Civil Veterinary Department Bengal reports 1933-51 - 1933-1951
Year: 1933
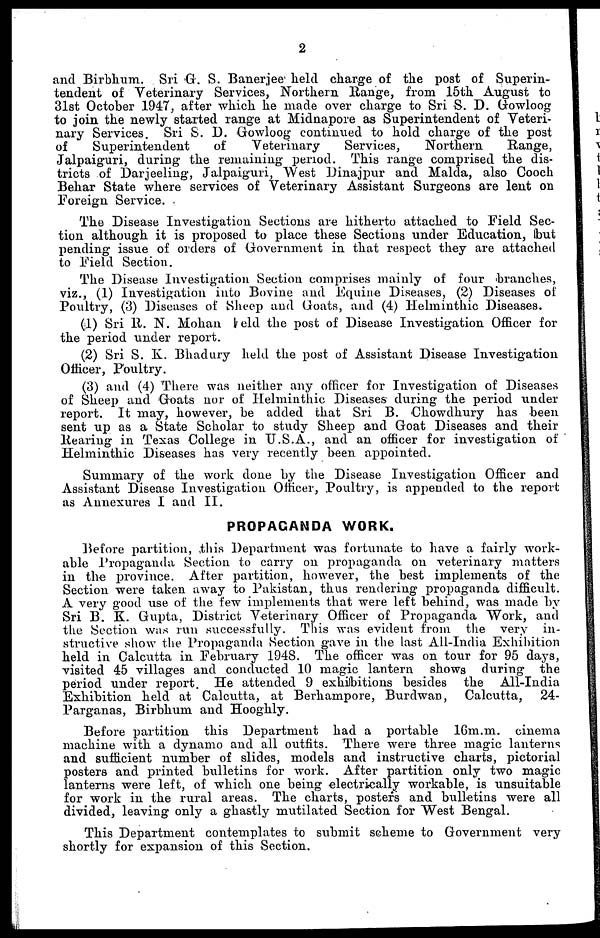
2
and Birbhum. Sri G. S. Banerjee held charge of the post of Superin-
tendent of Veterinary Services, Northern Range, from 15th August to
31st October 1947, after which he made over charge to Sri S. D. Gowloog
to join the newly started range at Midnapore as Superintendent of Veteri-
nary Services. Sri S. D. Gowloog continued to hold charge of the post
of
Superintendent
of
Veterinary
Services,
Northern
Range,
Jalpaiguri, during the remaining period. This range comprised the dis-
tricts of Darjeeling, Jalpaiguri, West Dinajpur and Malda, also Cooch
Behar State where services of Veterinary Assistant Surgeons are lent on
Foreign Service.
The Disease Investigation Sections are hitherto attached to Field Sec-
tion although it is proposed to place these Sections under Education, but
pending issue of orders of Government in that respect they are attached
to Field Section.
The Disease Investigation Section comprises mainly of four branches,
viz., (1) Investigation into Bovine and Equine Diseases, (2) Diseases of
Poultry, (3) Diseases of Sheep and Goats, and (4) Helminthic Diseases.
(1) Sri R. N. Mohan held the post of Disease Investigation Officer for
the period under report.
(2) Sri S. K. Bhadury held the post of Assistant Disease Investigation
Officer, Poultry.
(3) and (4) There was neither any officer for Investigation of Diseases
of Sheep and Goats nor of Helminthic Diseases during the period under
report. It may, however, be added that Sri B. Chowdhury has been
sent up as a State Scholar to study Sheep and Goat Diseases and their
Rearing in Texas College in U.S.A., and an officer for investigation of
Helminthic Diseases has very recently been appointed.
Summary of the work done by the Disease Investigation Officer and
Assistant Disease Investigation Officer, Poultry, is appended to the report
as Annexures I and II.
PROPAGANDA WORK.
Before partition, this Department was fortunate to have a fairly work-
able Propaganda Section to carry on propaganda on veterinary matters
in the province. After partition, however, the best implements of the
Section were taken away to Pakistan, thus rendering propaganda difficult.
A very good use of the few implements that were left behind, was made by
Sri B. K. Gupta, District Veterinary Officer of Propaganda Work, and
the Section was run successfully. This was evident from the very in-
structive show the Propaganda Section gave in the last All-India Exhibition
held in Calcutta in February 1948. The officer was on tour for 95 days,
visited 45 villages and conducted 10 magic lantern shows during the
period under report. He attended 9 exhibitions besides the All-India
Exhibition held at Calcutta, at Berhampore, Burdwan, Calcutta, 24-
Parganas, Birbhum and Hooghly.
Before partition this Department had a portable 16m.m. cinema
machine with a dynamo and all outfits. There were three magic lanterns
and sufficient number of slides, models and instructive charts, pictorial
posters and printed bulletins for work. After partition only two magic
lanterns were left, of which one being electrically workable, is unsuitable
for work in the rural areas. The charts, posters and bulletins were all
divided, leaving only a ghastly mutilated Section for West Bengal.
This Department contemplates to submit scheme to Government very
shortly for expansion of this Section.